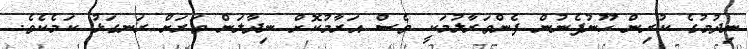
ނިދުމުގެ ކުރިން ހޫނުފެނުން ފެންވަރާލުމަކީ ވެސް އަރާމުކޮށް ނިދާލަން ވަރަށް ރަނގަޅު ކަމެކެވެ.